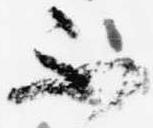
不